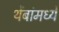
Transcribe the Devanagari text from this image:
थेंबांमध्ये